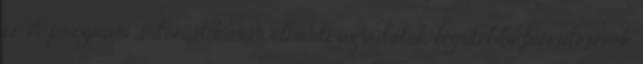
is. A program automatikusan elmenti az adatok legutóbbi frissítésének